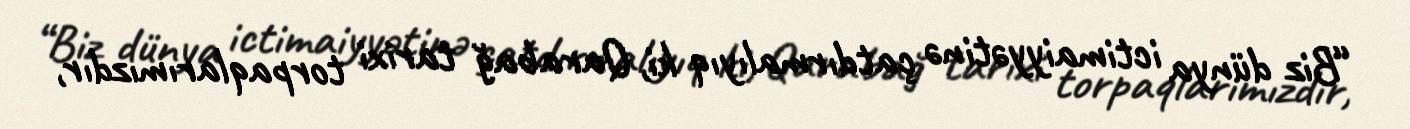
“Biz dünya ictimaiyyətinə çatdırmalıyıq ki, Qarabağ tarixi torpaqlarımızdır,